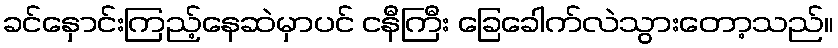
ခင်နှောင်းကြည့်နေဆဲမှာပင် ငနီကြီး ခြေခေါက်လဲသွားတော့သည်။